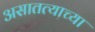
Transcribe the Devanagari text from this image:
असातत्याच्या